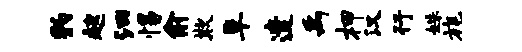
豹趑汩惕俞欺阜遣禹柙汉行姝旄